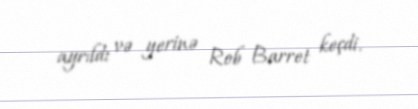
ayrıldı və yerinə Rob Barret keçdi.